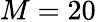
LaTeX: M=20